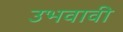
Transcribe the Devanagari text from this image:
उभवावी